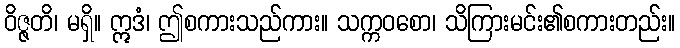
ဝိဇ္ဇတိ၊ မရှိ။ ဣဒံ၊ ဤစကားသည်ကား။ သက္ကဝစော၊ သိကြားမင်း၏စကားတည်း။